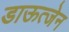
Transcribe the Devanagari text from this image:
डाऊत्जेन